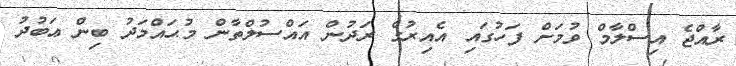
ރާއްޖެ އިސްލާމް ވުމަށް ފަހުގައި އެއިރުގެ ރަދުން އައްސުލްތާން މުޙައްމަދު ބިން ޢަބުދު